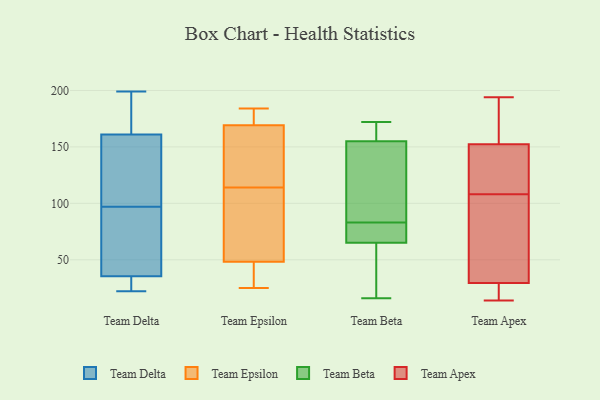
{"axis": {"x": "Market Share (%)", "y": "Value"}, "legend": ["Team Apex", "Team Beta", "Team Delta", "Team Epsilon"], "data": [{"x": "", "y": 148, "type": "Team Delta"}, {"x": "", "y": 65, "type": "Team Delta"}, {"x": "", "y": 35, "type": "Team Delta"}, {"x": "", "y": 75, "type": "Team Delta"}, {"x": "", "y": 138, "type": "Team Delta"}, {"x": "", "y": 119, "type": "Team Delta"}, {"x": "", "y": 174, "type": "Team Delta"}, {"x": "", "y": 33, "type": "Team Delta"}, {"x": "", "y": 175, "type": "Team Delta"}, {"x": "", "y": 22, "type": "Team Delta"}, {"x": "", "y": 36, "type": "Team Delta"}, {"x": "", "y": 199, "type": "Team Delta"}, {"x": "", "y": 114, "type": "Team Epsilon"}, {"x": "", "y": 36, "type": "Team Epsilon"}, {"x": "", "y": 65, "type": "Team Epsilon"}, {"x": "", "y": 105, "type": "Team Epsilon"}, {"x": "", "y": 184, "type": "Team Epsilon"}, {"x": "", "y": 139, "type": "Team Epsilon"}, {"x": "", "y": 44, "type": "Team Epsilon"}, {"x": "", "y": 175, "type": "Team Epsilon"}, {"x": "", "y": 175, "type": "Team Epsilon"}, {"x": "", "y": 171, "type": "Team Epsilon"}, {"x": "", "y": 36, "type": "Team Epsilon"}, {"x": "", "y": 138, "type": "Team Epsilon"}, {"x": "", "y": 177, "type": "Team Epsilon"}, {"x": "", "y": 85, "type": "Team Epsilon"}, {"x": "", "y": 52, "type": "Team Epsilon"}, {"x": "", "y": 139, "type": "Team Epsilon"}, {"x": "", "y": 25, "type": "Team Epsilon"}, {"x": "", "y": 164, "type": "Team Epsilon"}, {"x": "", "y": 47, "type": "Team Epsilon"}, {"x": "", "y": 55, "type": "Team Beta"}, {"x": "", "y": 16, "type": "Team Beta"}, {"x": "", "y": 69, "type": "Team Beta"}, {"x": "", "y": 155, "type": "Team Beta"}, {"x": "", "y": 20, "type": "Team Beta"}, {"x": "", "y": 112, "type": "Team Beta"}, {"x": "", "y": 172, "type": "Team Beta"}, {"x": "", "y": 171, "type": "Team Beta"}, {"x": "", "y": 67, "type": "Team Beta"}, {"x": "", "y": 65, "type": "Team Beta"}, {"x": "", "y": 166, "type": "Team Beta"}, {"x": "", "y": 97, "type": "Team Beta"}, {"x": "", "y": 67, "type": "Team Beta"}, {"x": "", "y": 108, "type": "Team Beta"}, {"x": "", "y": 194, "type": "Team Apex"}, {"x": "", "y": 125, "type": "Team Apex"}, {"x": "", "y": 18, "type": "Team Apex"}, {"x": "", "y": 14, "type": "Team Apex"}, {"x": "", "y": 23, "type": "Team Apex"}, {"x": "", "y": 144, "type": "Team Apex"}, {"x": "", "y": 78, "type": "Team Apex"}, {"x": "", "y": 49, "type": "Team Apex"}, {"x": "", "y": 159, "type": "Team Apex"}, {"x": "", "y": 155, "type": "Team Apex"}, {"x": "", "y": 108, "type": "Team Apex"}]}